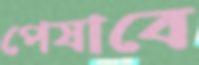
পেষাবে